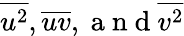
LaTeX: \overline{{{u^{2}}}},\overline{{{uv}}},\mathrm{~a~n~d~}\overline{{{v^{2}}}}